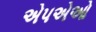
એપએઓ